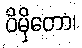
ဝိမှိတော၊